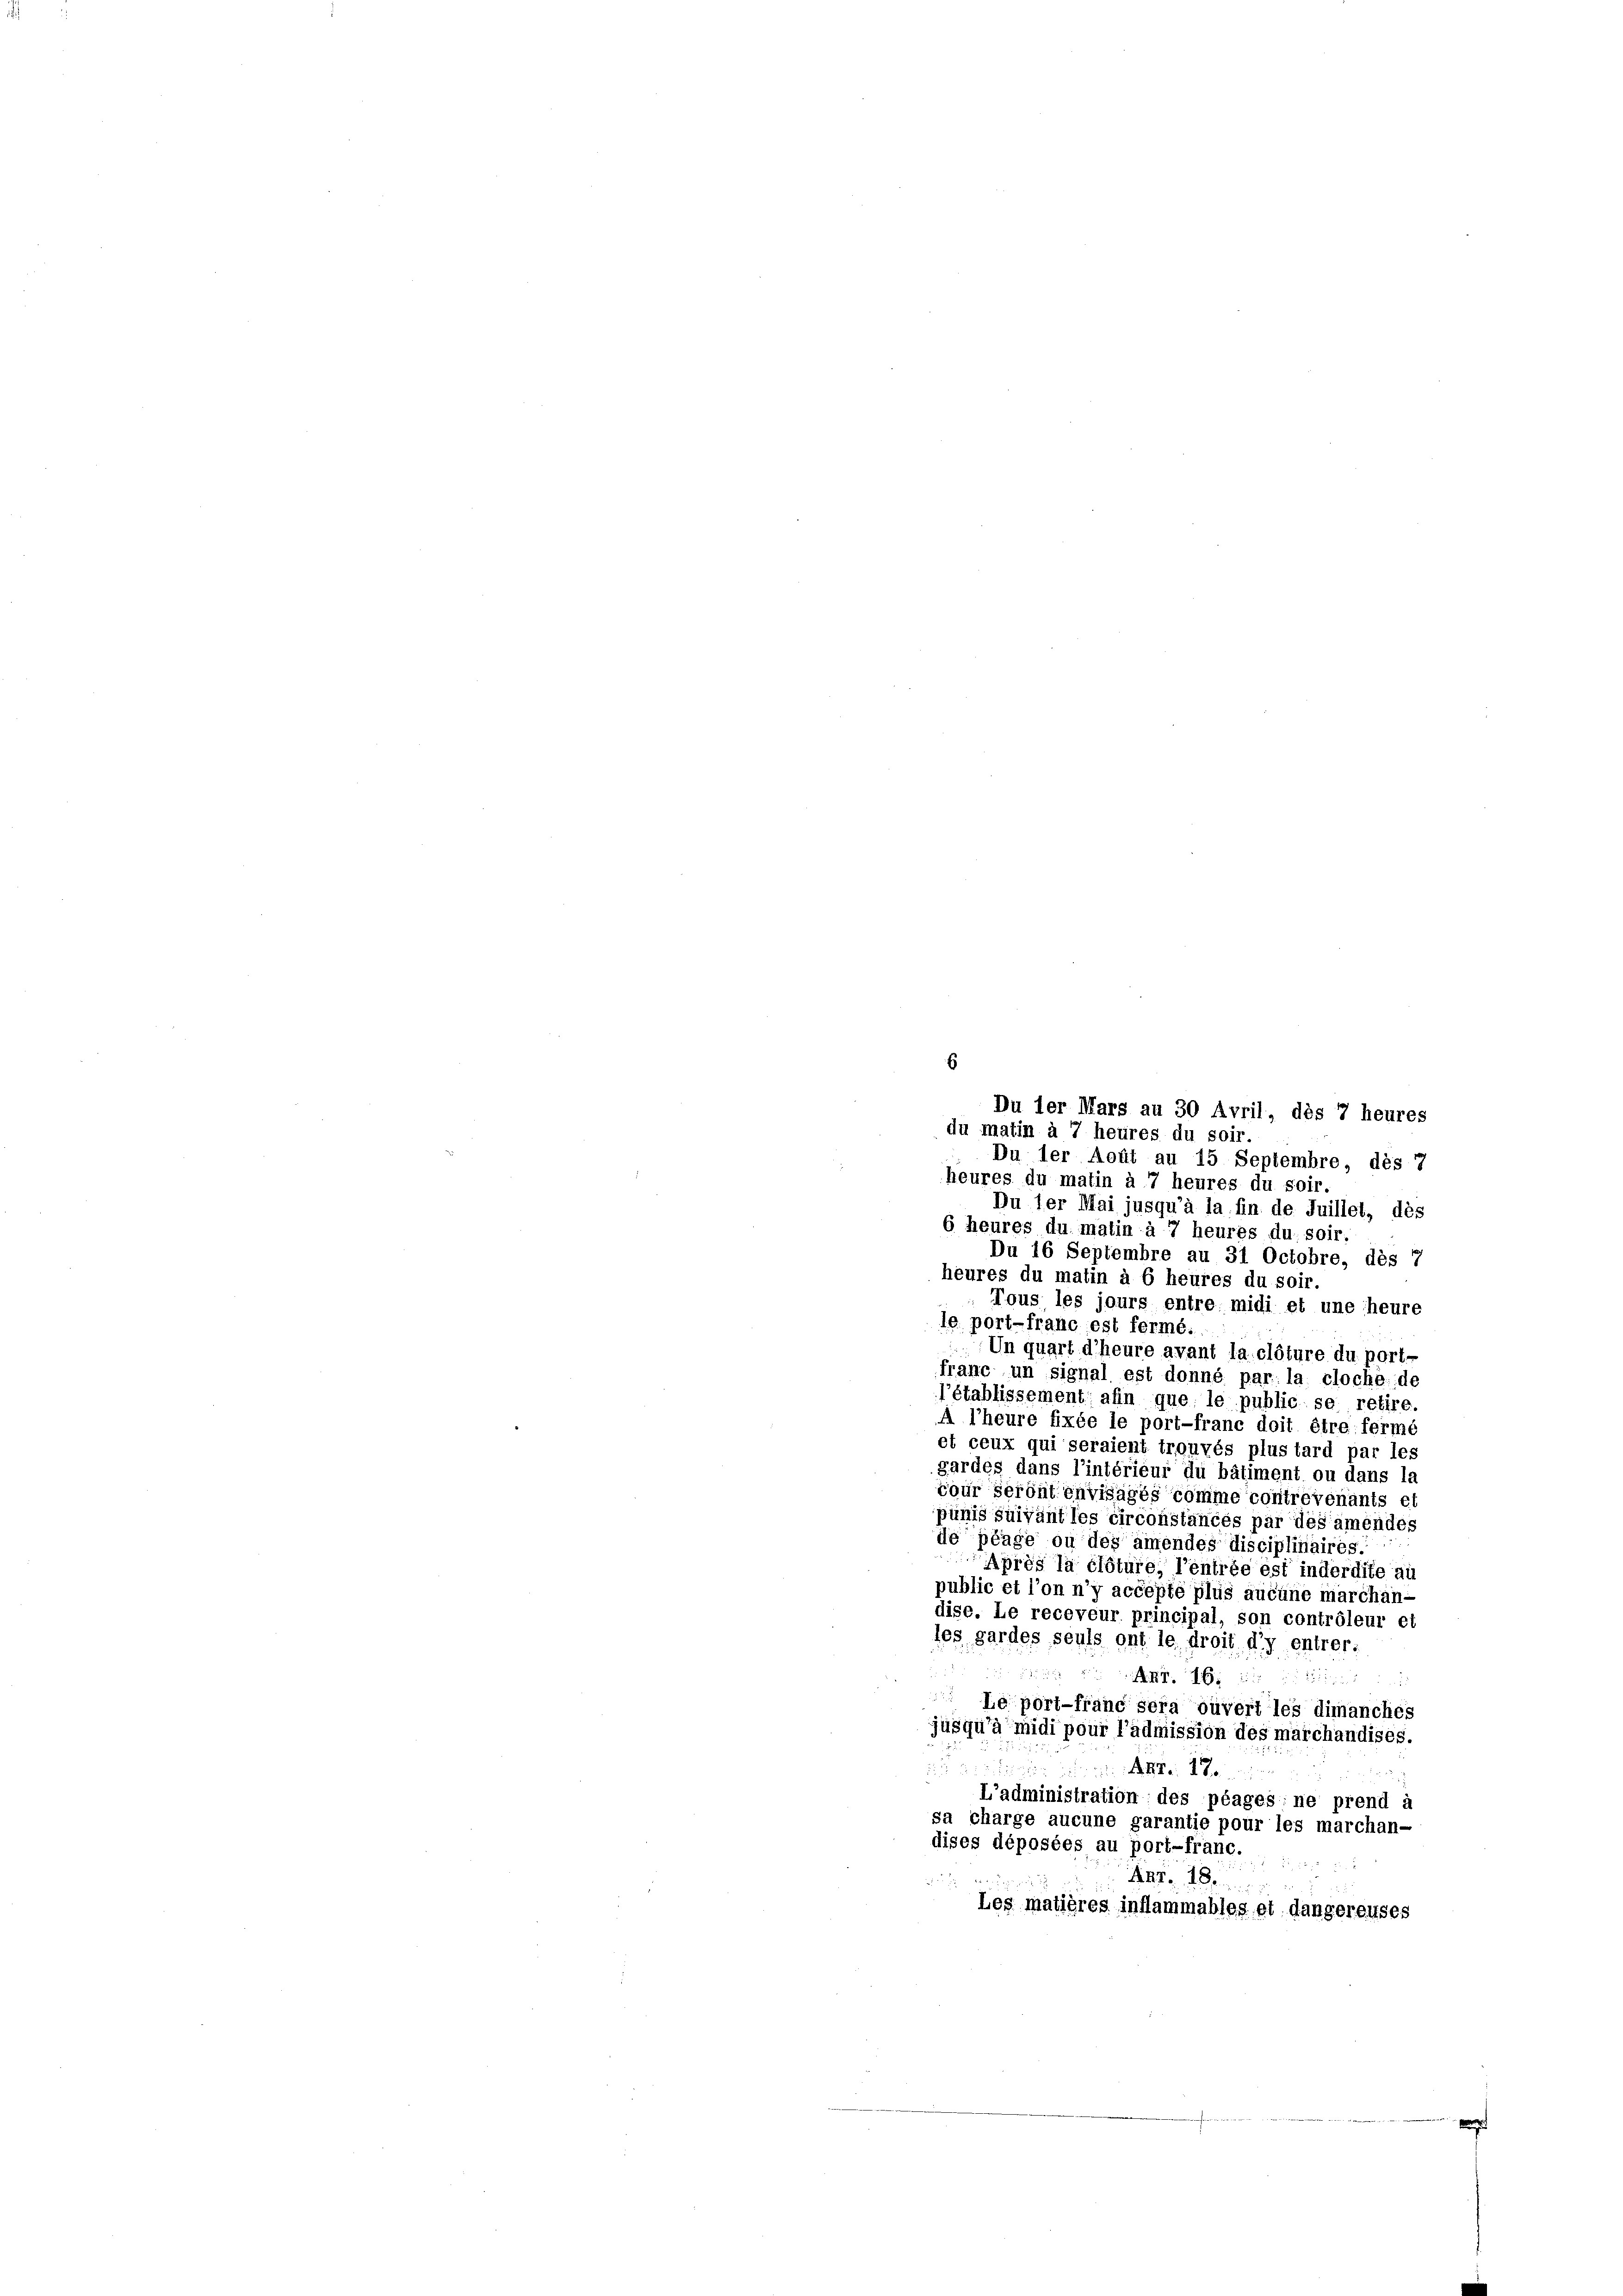
6
Du der Août au 15 Septembre, dès 7
heures du matin à 7 heures du soir.
Du ler Mai jusqu’à la fin de Juillet, dès
6 heures du matin à 7 heures du soir.
Du 16 Septembre au 31 Octobre, dès 7
heures du matin à 6 heures du soir.
Tous les jours entre midi et une heure
le port-franc est fermé.
Un quart d’heure avant la clôture du port-
franc un signal est donné par la cloche de
l’établissement afin que le public se retire
A l’heure fixée le port-franc doit être fermé
et ceux qui seraient trouvés plus tard par les
gardes dans l’intérieur du bâtiment ou dans la
tour seront envisagés comme contrévenants et
pünis suivant les circonstancés par des amendes
de plage ou des amendes disciplinaires.
Après la clôture, l’entrée est inderdite au
public et l’on n’y accepté plus aucune marchan-
dise. Le receveur principal, son contrôleur et
les gardes seuls ont le droit d’y entrer:
   die ein
Le port-franc sera ouvert les dimanches
jusqu’à’midi pour l’admission des marchandises.
e
 Fr. 18
L’administration des péages: ne prend g
sa charge aucune garantie pour les marchan-
dises déposées au port-franc.

An
25
Les matières inflammables et dangereuses

Du der Mars au 30 Avril, dès 7 heures
du matin à 7 heures du soir.

.